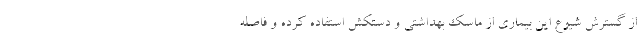
از گسترش شیوع این بیماری از ماسک بهداشتی و دستکش استفاده کرده و فاصله